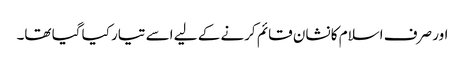
اور صرف اسلام کا نشان قائم کرنے کے لیے اسے تیار کیا گیا تھا۔